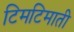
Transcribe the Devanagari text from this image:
टिमटिमाती